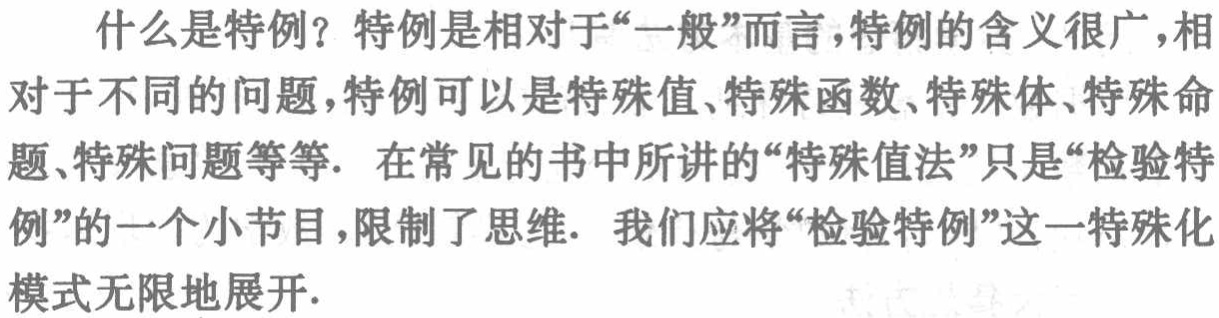
什么是特例？特例是相对于“一般”而言，特例的含义很广，相对于不同的问题，特例可以是特殊值、特殊函数、特殊体、特殊命题、特殊问题等等. 在常见的书中所讲的“特殊值法”只是“检验特例”的一个小节目，限制了思维. 我们应将“检验特例”这一特殊化模式无限地展开.